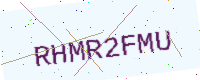
Text: RHMR2FMU